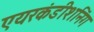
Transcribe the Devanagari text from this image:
एयरकंडीशनिंग